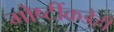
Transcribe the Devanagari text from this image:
गोष्टींकडेही